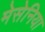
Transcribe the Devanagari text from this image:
मेसेनिया